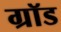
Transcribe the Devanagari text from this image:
ग्रॉड